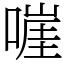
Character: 嘊